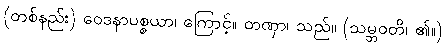
(တစ်နည်း) ဝေဒနာပစ္စယာ၊ ကြောင့်။ တဏှာ၊ သည်။ (သမ္ဘဝတိ၊ ၏။)